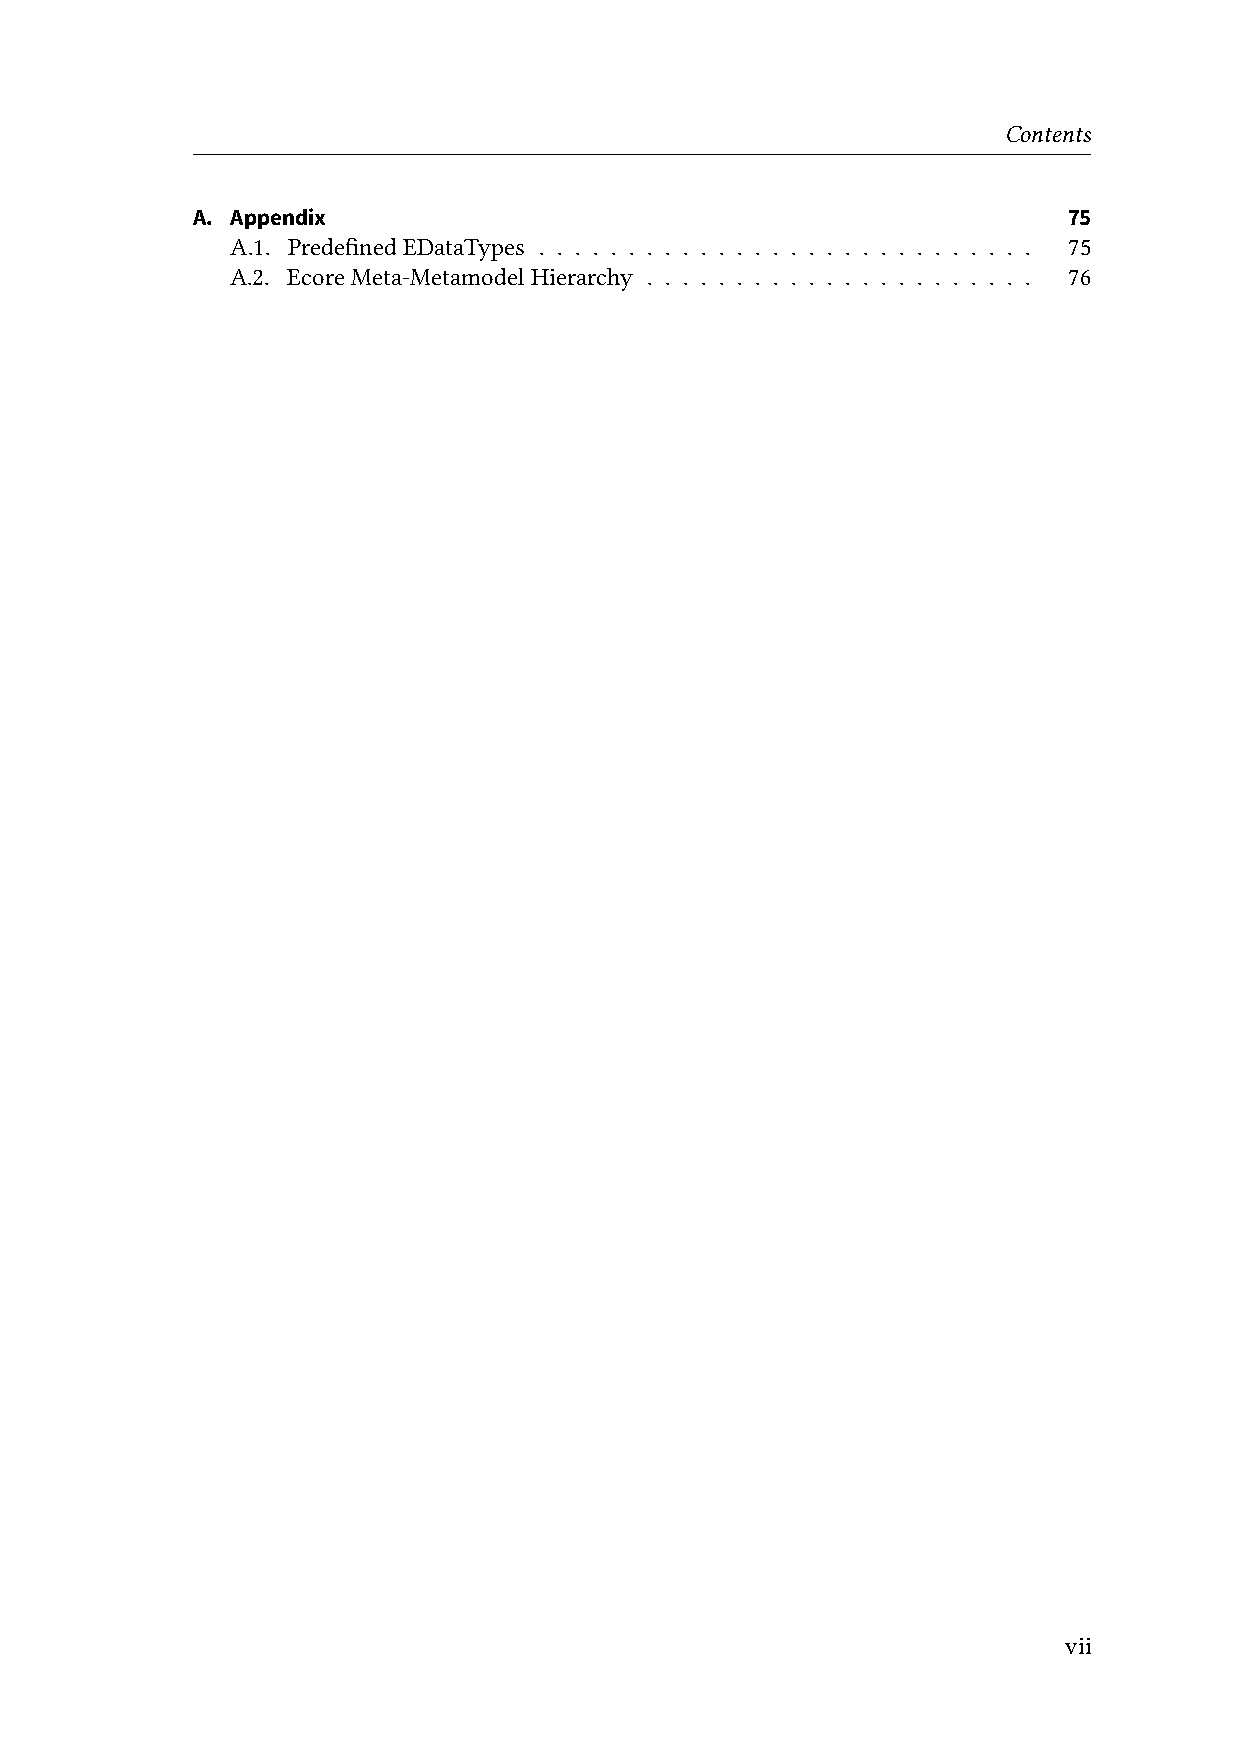
Contents
 A. Appendix                                               75
 A.1. PredefinedEDataTypes . . . . . . . . . . . . . . . . . . . . . . . . . . . . 75
 A.2. EcoreMeta-MetamodelHierarchy . . . . . . . . . . . . . . . . . . . . . . 76
 vii